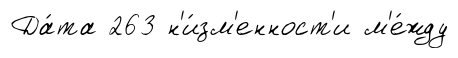
Да́та 263 н'и́зм'енност'и м'е́жду